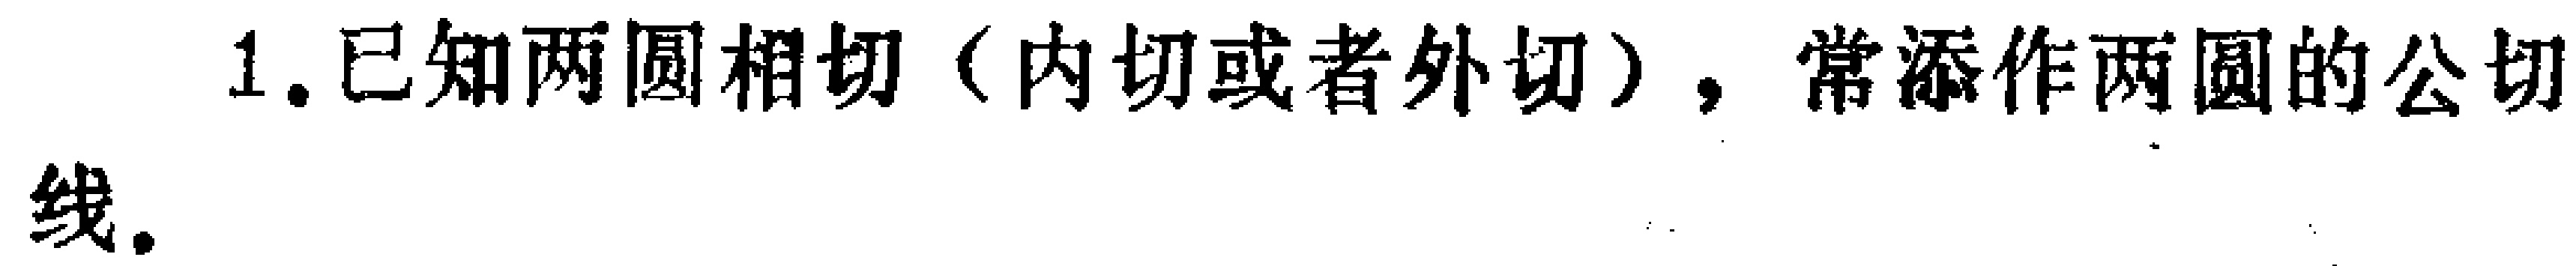
1. 已知两圆相切（内切或者外切），常添作两圆的公切线。